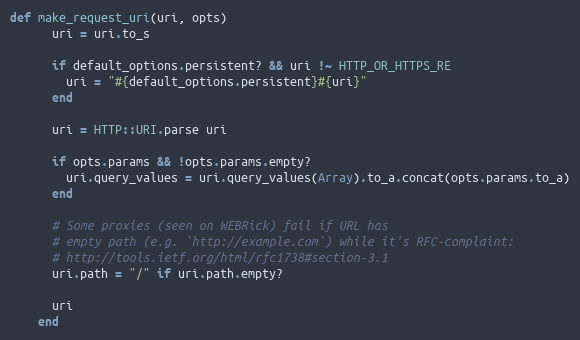
Language: Ruby
def make_request_uri(uri, opts)
      uri = uri.to_s

      if default_options.persistent? && uri !~ HTTP_OR_HTTPS_RE
        uri = "#{default_options.persistent}#{uri}"
      end

      uri = HTTP::URI.parse uri

      if opts.params && !opts.params.empty?
        uri.query_values = uri.query_values(Array).to_a.concat(opts.params.to_a)
      end

      # Some proxies (seen on WEBRick) fail if URL has
      # empty path (e.g. `http://example.com`) while it's RFC-complaint:
      # http://tools.ietf.org/html/rfc1738#section-3.1
      uri.path = "/" if uri.path.empty?

      uri
    end